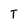
Character: T